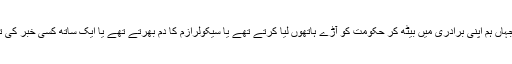
مجھے اندازہ ہے اب میں اس دلی میں نہیں ہوں جہاں ہم اپنی برادری میں بیٹھ کر حکومت کو آڑے ہاتھوں لیا کرتے تھے یا سیکولرازم کا دم بھرتے تھے یا ایک ساتھ کسی خبر کی تلاش کرکے اس پر کھل کر تبصرہ کرتے تھے۔